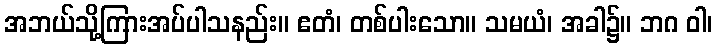
အဘယ်သို့ကြားအပ်ပါသနည်း။ ဧတံ၊ တစ်ပါးသော။ သမယံ၊ အခါ၌။ ဘဂ ဝါ၊